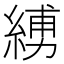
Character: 𦂪